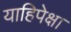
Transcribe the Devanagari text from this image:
याहिपेक्षा